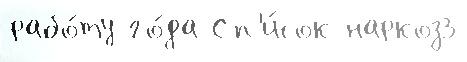
рабо́ту го́да Сп'и́сок наркоз3